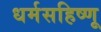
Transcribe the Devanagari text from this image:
धर्मसहिष्णू